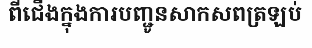
ពីជើងក្នុងការបញ្ជូនសាកសពត្រឡប់